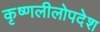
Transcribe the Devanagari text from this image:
कृष्णलीलोपदेश